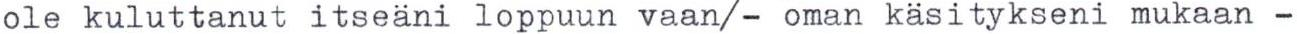
ole kuluttanut itseäni loppuun vaan/- oman käsitykseni mukaan -